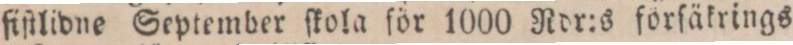
fiſtlidne September ſkola för 1000 Rdr:s förſäkrings